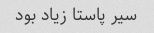
سیر پاستا زیاد بود